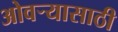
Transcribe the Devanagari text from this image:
ओवऱ्यासाठी